NAE_EAA_P-1039_Kommunismi_Majak_kalurikolhoos, lk 11
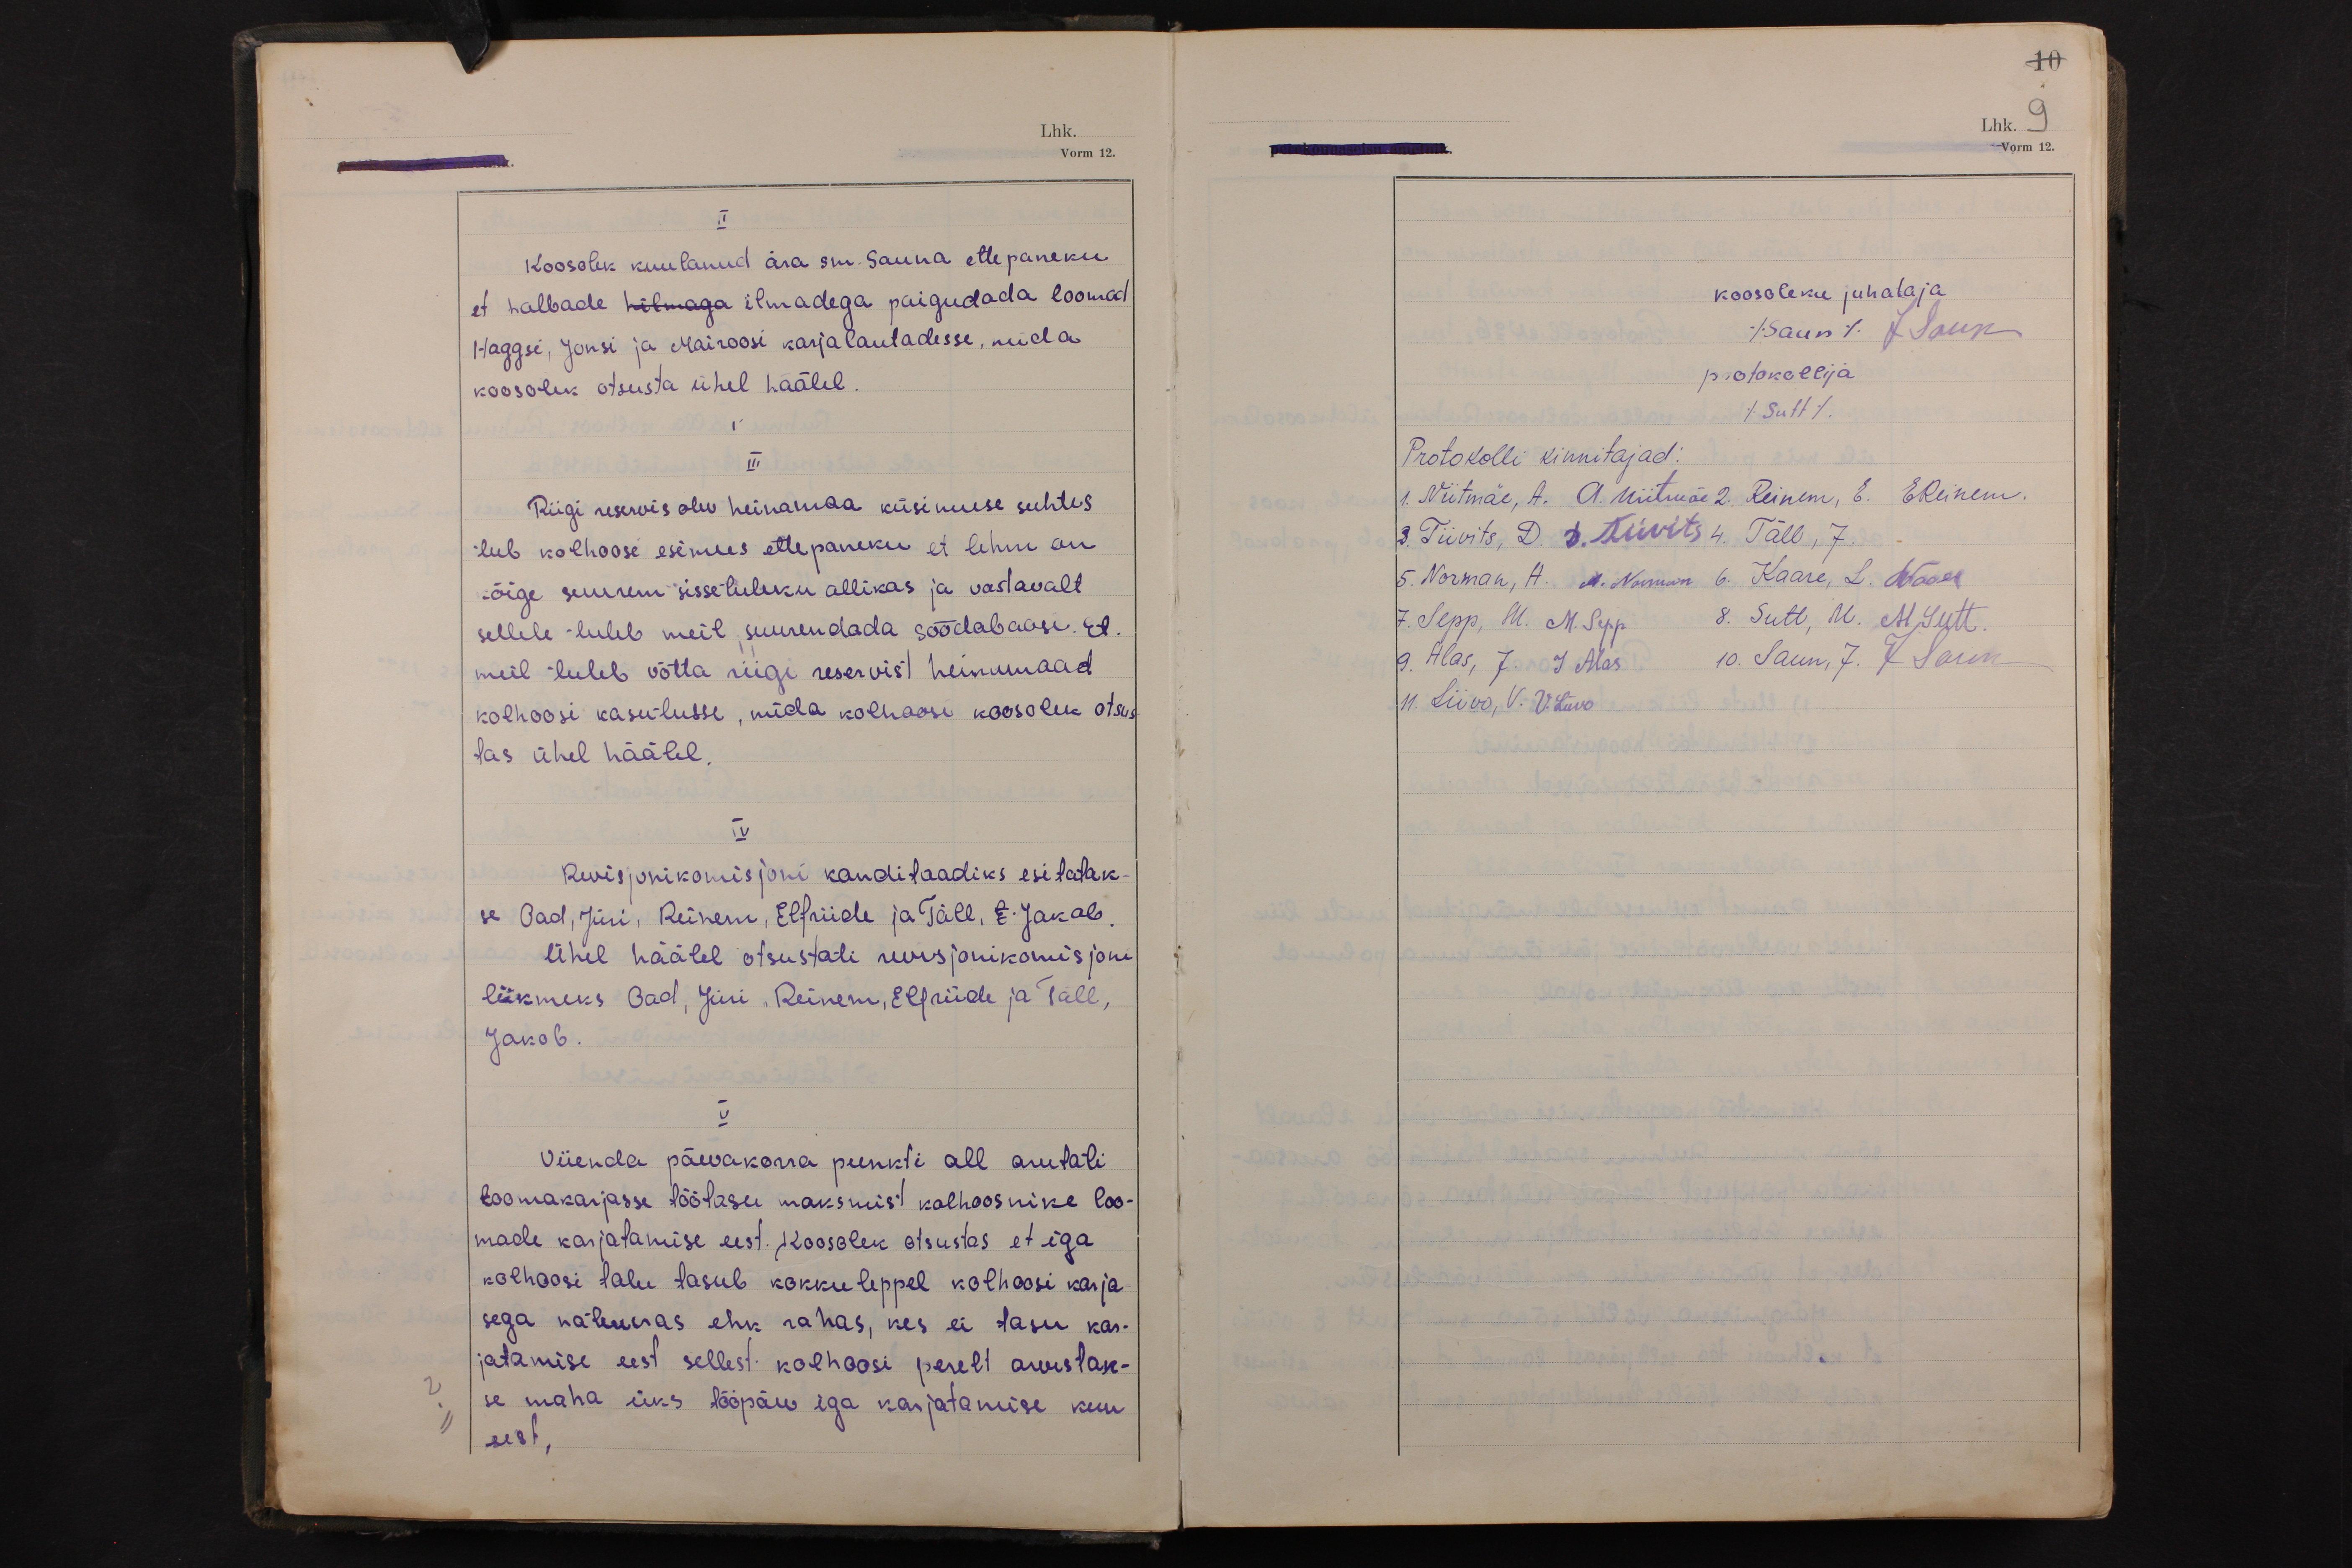
10
Lhk. 9
Vorm 12.

II
Koosolek kuulanud ära sm. Sauna ettepaneku
et halbade hilmaga ilmadega paigudada loomad
Haggsi, Jonsi ja Mairoosi karjalautadesse, mida
koosolek otsusta ühel häälel.
III
Riigi reservis olev heinamaa küsimuse suhtes
teeb kolhoosi esimees ettepaneku et lehm on
kõige suurem sissetuleku allikas ja vastavalt
sellele tuleb meil suurendada söödabaasi. Et
meil tuleb võtta riigi reservist heinamaad
kolhoosi kasutusse, mida kolhoosi koosolek otsus-
tas ühel häälel.
IV
Revisjonikomisjoni kanditaadiks esitatak-
se Oad, Jüri, Reinem, Elfriide ja Täll, E. Jakob.
Ühel häälel otsustati revisjonikomisjoni
liikmeks Oad, Jüri, Reinem, Elfriide ja Täll,
Jakob.
V.
Viienda päevakorra punkti all arutati
loomakarjasse töötasu maksmist kolhoosnike loo-
made karjatamise eest. Koosolek otsustas et iga
kolhoosi talu tasub kokkuleppel kolhoosi karja-
sega natuuras ehk rahas, kes ei tasu kar-
jatamise eest sellest kolhoosi perelt arvestak-
se maha üks tööpäev iga karjatamise kuu
eest.

koosoleku juhataja
(Saun) J Saun
protokollija
(Sutt).
Protokolli kinnitajad:
1. Niitmäe, A. A. Niitmäe 2. Reinem, E. EReinem.
3. Tiivits, D. D. Tiivits 4. Täll, J.
5. Norman, A. A. Norman 6. Kaare, L. LKaare
7. Sepp, M. M. Sepp. 8. Sutt, M. M Sutt.
9. Alas, J. J Alas 10. Saun, J. J Saun
11. Liivo, V. V. Liivo